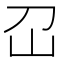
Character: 𡴻